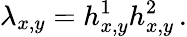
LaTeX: \lambda_{x,y}=h_{x,y}^{1}h_{x,y}^{2}\, .